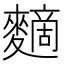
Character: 䵂